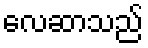
လေဆာသည်